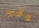
وقت